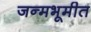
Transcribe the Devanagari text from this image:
जन्मभूमीत